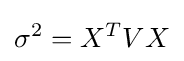
\sigma ^{2}=X^{T}VX